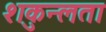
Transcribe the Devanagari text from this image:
शकुन्‍लता